Report on vaccination in Madras 1895-1903 - 1895-1903
Year: 1895
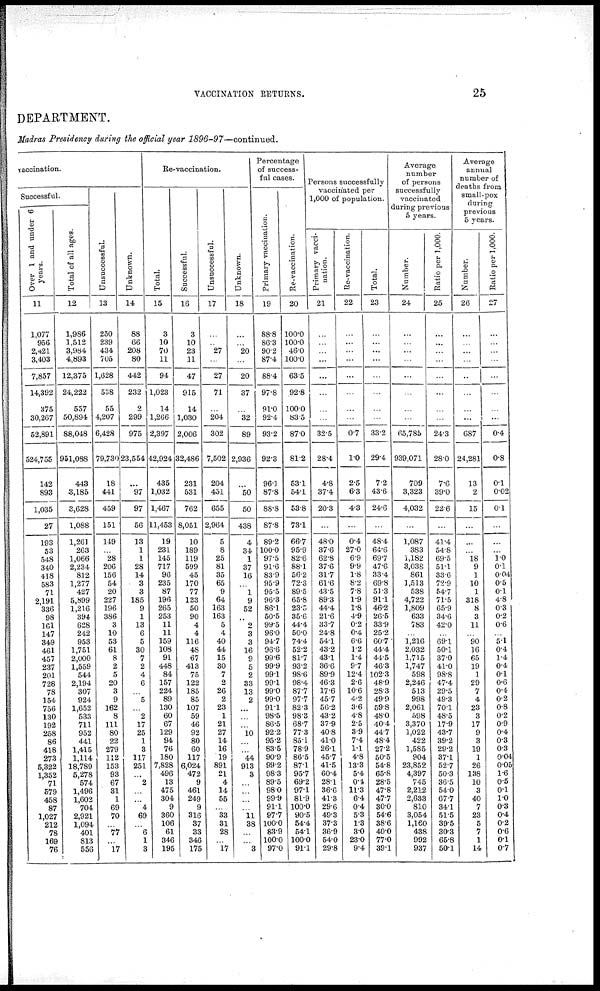
VACCINATION RETURNS.
25
DEPARTMENT.
Madras Presidency during the official year
1896-97—continued.
vaccination.
Successful.
Over 1 and under 6
years.
11
1,077
956
2,421
3,403
7,857
14,392
375
30,267
52,891
524,755
142
893
1,035
27
193
53
548
340
418
583
71
2,191
336
98
161
147
349
461
457
237
201
728
78
154
756
130
192
258
86
418
273
5,322
1,352
71
579
458
87
1,027
212
78
169
76
Total of all ages.
12
1,986
1,512
3,984
4,893
12,375
24,222
557
50,894
88,048
951,088
443
3,185
3,628
1,088
1,261
263
1,066
2,234
812
1,277
427
5,899
1,216
394
628
242
953
1,751
2,000
1,559
544
2,194
307
924
1,652
533
711
952
441
1,415
1,114
18,789
5,278
574
1,496
1,602
704
2,921
1,094
401
813
556
Unsuccessful.
13
250
239
434
705
1,628
538
55
4,207
6,428
79,730
18
441
459
151
149
...
28
206
156
54
20
227
196
386
3
10
53
61
8
2
5
20
3
9
162
8
111
80
22
279
112
153
93
67
31
1
69
70
...
77
...
17
Unknown.
14
88
66
208
80
442
232
2
299
975
23,554
...
97
97
56
13
1
1
28
14
3
3
185
9
1
13
6
5
30
7
2
4
6
...
5
...
2
17
25
1
3
117
251
...
2
...
...
4
69
...
6
1
3
Re-vaccination.
Total.
15
3
10
70
11
94
1,023
14
1,266
2,397
42,924
435
1,032
1,467
11,453
19
231
145
717
96
235
87
196
265
253
11
11
159
108
91
448
84
157
224
89
130
60
67
129
94
76
180
7,828
496
13
475
304
9
360
106
61
346
195
Successful.
16
3
10
23
11
47
915
14
1,030
2,006
32,486
231
531
762
8,051
10
189
119
599
45
170
77
123
50
90
4
4
116
48
67
413
75
122
185
85
107
59
46
92
80
60
117
6,024
472
9
461
249
9
316
37
33
346
175
Unsuccessful.
17
...
...
27
...
27
71
...
204
302
7,502
204
451
655
2,964
5
8
25
81
35
65
9
64
163
163
5
4
40
44
15
30
7
2
26
2
23
1
21
27
14
16
19
891
21
4
14
55
...
33
31
28
...
17
Unknown.
18
...
...
20
...
20
37
...
32
89
2,936
...
50
50
438
4
34
1
37
16
...
1
9
52
...
2
3
3
16
9
5
2
33
13
2
...
...
...
10
...
...
44
913
3
...
...
...
...
11
38
...
...
3
Percentage
of success-
ful cases.
Primary vaccination.
19
88.8
86.3
90.2
87.4
88.4
97.8
91.0
92.4
93.2
92.3
96.1
87.8
88.8
87.8
89.2
100.0
97.5
91.6
83.9
95.9
95.5
96.3
86.1
50.5
99.5
96.0
94.7
96.6
99.6
99.9
99.1
99.1
99.0
99.0
91.1
98.5
86.5
92.2
95.2
83.5
90.9
99.2
98.3
89.5
98.0
99.9
91.1
97.7
100.0
83.9
100.0
97.0
Re-vaccination.
20
100.0
100.0
46.0
100.0
63.5
92.8
100.0
83.5
87.0
81.2
53.1
54.1
53.8
73.1
66.7
95.9
82.6
88.1
56.2
72.3
89.5
65.8
23.5
35.6
44.4
50.0
74.4
52.2
81.7
93.2
98.6
98.4
87.7
97.7
82.3
98.3
68.7
77.3
85.1
78.9
86.5
87.1
95.7
69.2
97.1
81.9
100.0
90.5
54.4
54.1
100.0
91.1
Persons successfully
vaccinated per
1,000 of population.
Primary vacci-
nation.
21
...
...
...
...
...
...
...
...
32.5
28.4
4.8
37.4
20.3
...
48.0
37.6
62.8
37.6
31.7
61.6
43.5
89.3
44.4
21.6
33.7
24.8
54.1
43.2
43.1
36.6
89.9
46.3
17.6
45.7
56.2
43.2
37.9
40.8
41.0
26.1
45.7
41.5
60.4
28.1
36.6
41.3
29.6
49.3
37.3
36.9
54.0
29.8
Re-vaccination.
22
...
...
...
...
...
...
...
...
0.7
1.0
2.5
6.3
4.3
...
0.4
27.0
6.9
9.9
1.8
8.2
7.8
1.9
1.8
4.9
0.2
0.4
6.6
1.2
1.4
9.7
12.4
2.6
10.6
4.2
3.6
4.8
2.5
3.9
7.4
1.1
4.8
13.3
5.4
0.4
11.3
6.4
0.4
5.3
1.3
3.0
23.0
9.4
Total.
23
...
...
...
...
...
...
...
...
33.2
29.4
7.2
43.6
24.6
...
48.4
64.6
69.7
47.6
33.4
69.8
51.3
91.1
46.2
26.5
33.9
25.2
60.7
44.4
44.5
46.3
102.3
48.9
28.3
49.9
59.8
48.0
40.4
44.7
48.4
27.2
50.5
54.8
65.8
28.5
47.8
47.7
30.0
54.6
38.6
40.0
77.0
39.1
Average
number
of persons
successfully
vaccinated
during previous
5 years.
Number.
24
...
...
...
...
...
...
...
...
65,785
939,071
709
3,323
4,032
...
1,087
383
1,182
3,038
861
1,513
538
4,722
1,809
633
783
...
1,216
2,032
1,715
1,747
598
2,246
513
998
2,061
598
3,370
1,022
422
1,585
904
23,852
4,397
745
2,212
2,633
810
3,054
1,160
438
992
937
Ratio per 1,000.
25
...
...
...
...
...
...
...
...
24.3
28.0
7.6
39.0
22.6
...
41.4
548
69.5
51.1
33.6
72.9
54.7
71.5
65.9
34.6
42.0
...
69.1
50.1
37.0
41.0
98.8
47.4
29.5
49.3
70.1
48.5
17.9
43.7
39.2
29.2
37.1
52.7
50.3
36.5
54.0
67.7
34.1
51.5
39.5
30.3
65.8
50.1
Average
annual
number of
deaths from
small-pox
during
previous
5 years.
Number.
26
...
...
...
...
...
...
...
...
687
24,281
13
2
15
...
...
...
18
9
1
10
1
318
8
3
11
...
90
16
65
19
1
29
7
4
23
3
17
9
3
19
1
26
138
10
3
40
7
23
5
7
1
14
Ratio per 1,000.
27
...
...
...
...
...
...
...
...
0.4
0.8
0.1
0.02
0.1
...
...
...
1.0
0.1
0.04
0.5
0.1
4.8
0.3
0.2
0.6
...
5.1
0.4
1.4
0.4
0.1
0.6
0.4
0.2
0.8
0.2
0.9
0.4
0.3
0.3
0.04
0.05
1.6
0.5
0.1
1.0
0.3
0.4
0.2
0.6
0.1
0.7